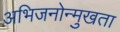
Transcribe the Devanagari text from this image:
अभिजनोन्मुखता